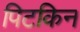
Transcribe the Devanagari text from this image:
पिटकिन